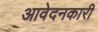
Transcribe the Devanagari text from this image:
आवेदनकारी